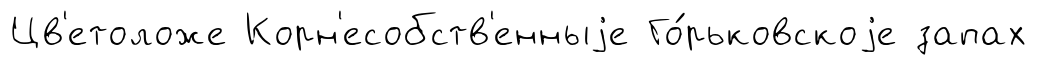
Цв'етоложе Корн'есобств'енныjе Го́рьковскоjе запах